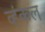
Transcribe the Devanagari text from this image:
व्हंकल